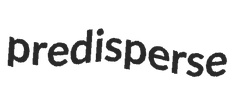
predisperse